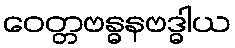
ဝေတ္တဗန္ဓနဗဒ္ဓါယ